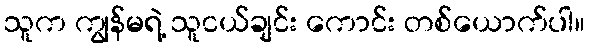
သူက ကျွန်မရဲ့ သူငယ်ချင်း ကောင်း တစ်ယောက်ပါ။